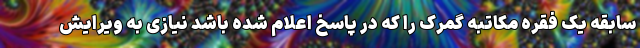
سابقه یک فقره مکاتبه گمرک را که در پاسخ اعلام شده باشد نیازی به ویرایش